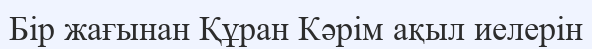
Бір жағынан Құран Кәрім ақыл иелерін